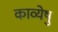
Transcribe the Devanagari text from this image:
काव्येषु